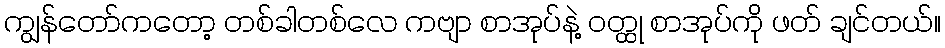
ကျွန်တော်ကတော့ တစ်ခါတစ်လေ ကဗျာ စာအုပ်နဲ့ ဝတ္ထု စာအုပ်ကို ဖတ် ချင်တယ်။